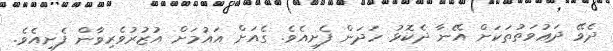
ދެވޭ ދަޢުވަތުތަކަށް އޭނާ ދެކޮޅު ހަދަން ފެށިއެވެ. ގެއަށް އައުމަށް އުޒުރުވެރިވާން ފެށިއެވެ.